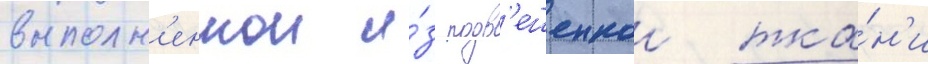
выполн'еннои и́з подв'ешеннои тка́н'и